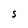
Character: S